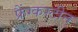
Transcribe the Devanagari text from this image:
फ्रैंग्कस्टीन